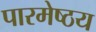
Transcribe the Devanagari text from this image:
पारमेष्ठय